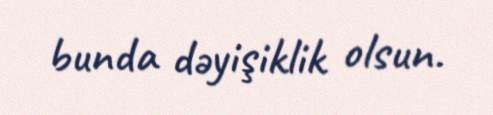
bunda dəyişiklik olsun.